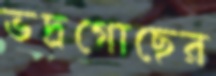
ভদ্রগোছের